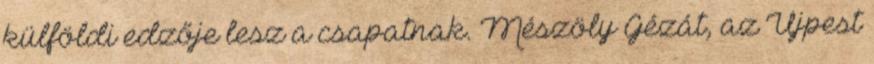
külföldi edzője lesz a csapatnak. Mészöly Gézát, az Újpest